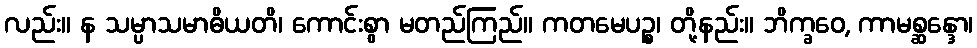
လည်း။ န သမ္ပာသမာဓိယတိ၊ ကောင်းစွာ မတည်ကြည်။ ကတမေပဉ္စ၊ တို့နည်း။ ဘိက္ခဝေ, ကာမစ္ဆန္ဒော၊